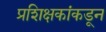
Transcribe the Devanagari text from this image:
प्रशिक्षकांकडून